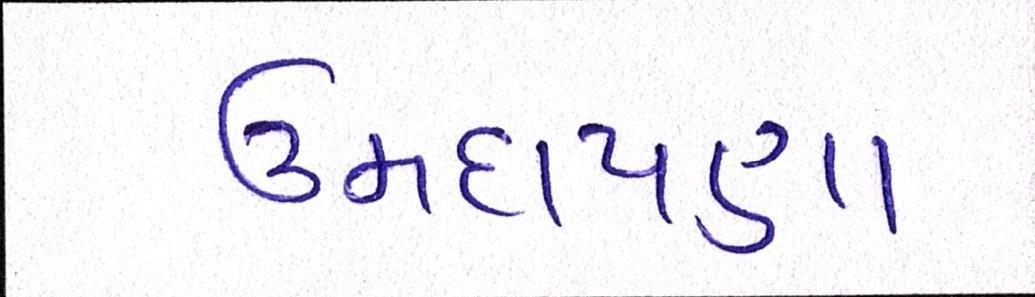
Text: ઉમદાપણા